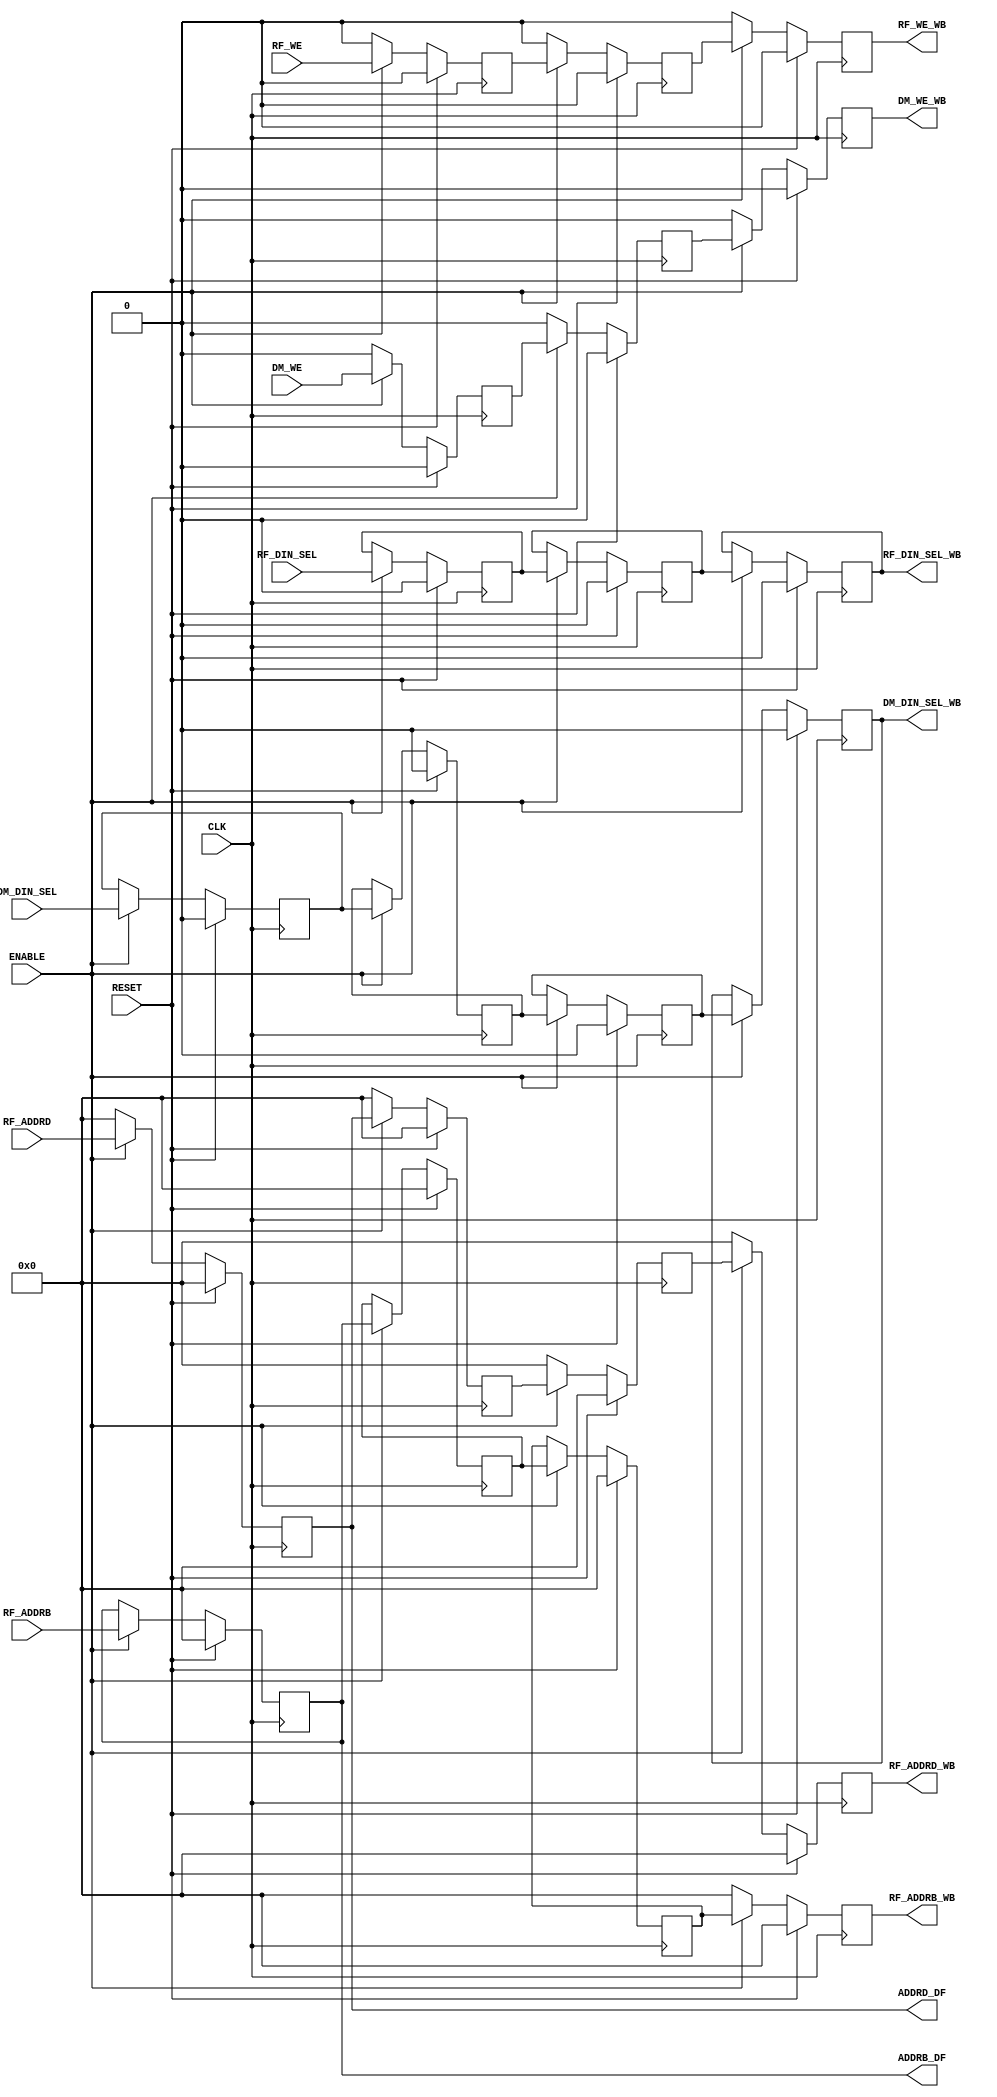
module WRITE_BACK
	(
		CLK,
		RESET,
		ENABLE,
		RF_ADDRD,
		RF_ADDRB,
		RF_WE,	
		DM_WE,
		DM_DIN_SEL,
		RF_DIN_SEL,
		RF_WE_WB,
		RF_ADDRD_WB,
		RF_ADDRB_WB,
		DM_WE_WB,
		DM_DIN_SEL_WB,
		RF_DIN_SEL_WB,
		ADDRD_DF,
		ADDRB_DF
	);
	
	input					CLK, RESET, ENABLE ;
	input 					RF_WE, DM_WE ;
	input		[4:0] 		RF_ADDRD ;
	input		[4:0] 		RF_ADDRB ;
	input					DM_DIN_SEL ;
	input					RF_DIN_SEL;
	output reg 	[4:0] 		RF_ADDRD_WB ;
	output reg 	[4:0] 		RF_ADDRB_WB ;
	output reg 				RF_WE_WB, DM_WE_WB ;
	output reg 				DM_DIN_SEL_WB ;
	output reg 				RF_DIN_SEL_WB ;
	output		[4:0]		ADDRD_DF;
	output		[4:0]		ADDRB_DF ;
	
	reg			 			P1,P2 ;
	reg [4:0]	 			AP1, AP2, AP3;
	reg [4:0]	 			AB1, AB2, AB3;
	reg			 D1, D2 ;
	reg	DMSEL1, DMSEL2, DMSEL3 ;
	reg	RFSEL1, RFSEL2, RFSEL3 ;
		
	always @ (posedge CLK)
	begin
		if (RESET)
		begin
			P1 <= 0 ;
			P2 <= 0 ;
			
			AP1 <= 0 ;
			AP2 <= 0 ;
			AP3 <= 0;
			RF_WE_WB <= 0 ;
			RF_ADDRD_WB <= 0 ;
			
			AB1 <= 0 ;
			AB2 <= 0 ;
			AB3 <= 0 ;
			RF_ADDRB_WB <= 0;
						
			D1 <= 0 ;
			D2 <= 0 ;
			DM_WE_WB <= 0 ;
					
			DMSEL1 <= 0 ;
			DMSEL2 <= 0 ;
			DMSEL3 <= 0 ;
			DM_DIN_SEL_WB <= 0 ;
			
			RFSEL1 <= 0 ;
			RFSEL2 <= 0 ;
			RFSEL3 <= 0 ;
			RF_DIN_SEL_WB <= 0 ;
		end
		else if (ENABLE)
		begin
			P1 <= RF_WE ;
			P2 <= P1 ;				
			RF_WE_WB <= P2 ;		
					
			AP1 <= RF_ADDRD ;
			AP2 <= AP1 ;
			AP3 <= AP2 ;
			RF_ADDRD_WB <= AP3 ;
			
			AB1 <= RF_ADDRB ;
			AB2 <= AB1 ;
			AB3 <= AB2 ;
			RF_ADDRB_WB <= AB3;
								
			D1 <= DM_WE ;
			D2 <= D1 ;
			DM_WE_WB <= D2 ;
					
			DMSEL1 <= DM_DIN_SEL ;
			DMSEL2 <= DMSEL1 ;
			DMSEL3 <= DMSEL2 ;
			DM_DIN_SEL_WB <= DMSEL3 ;
			
			RFSEL1 <= RF_DIN_SEL ;
			RFSEL2 <= RFSEL1 ;
			RFSEL3 <= RFSEL2 ;
			//RF_DIN_SEL_WB <= RFSEL3 ;	
			RF_DIN_SEL_WB <= RFSEL2 ;	
		end
		else
		begin
			P1 <= 0 ;
			P2 <= 0 ;					
			RF_WE_WB <= 0 ;		
					
			AP1 <= 0 ;
			AP2 <= 0 ;
			AP3 <= 0 ;
			RF_ADDRD_WB <= 0 ;
			
			AB1 <= AB1 ;
			AB2 <= AB2 ;
			AB3 <= AB3 ;
			RF_ADDRB_WB <= 0;
								
			D1 <= 0 ;
			D2 <= 0 ;
			DM_WE_WB <= 0 ;
					
			DMSEL1 <= DMSEL1 ;
			DMSEL2 <= DMSEL2 ;
			DMSEL3 <= DMSEL3 ;
			DM_DIN_SEL_WB <= DM_DIN_SEL_WB ;
			
			RFSEL1 <= RFSEL1 ;
			RFSEL2 <= RFSEL2 ;
			RFSEL3 <= RFSEL3 ;
			RF_DIN_SEL_WB <= RF_DIN_SEL_WB ;	
		end
	end
	
	assign ADDRD_DF = AP1 ;
	assign ADDRB_DF = AB1 ;
//------------------------------------------------------------------------------------------	
endmodule